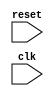
module PCIe_Timing_Control_Sync (
    input wire reset,
    input wire clk,
    // Add any additional input/output signals as needed
    // Logic for generating and synchronizing clock signals
    // Logic for data integrity through handshaking protocols
    // Logic for managing overall timing of data transfer operations
    // Error detection and correction mechanisms
    // Clock domain crossing synchronization logic
);

// Verilog code for Timing Control and Synchronization blocks goes here

endmodule